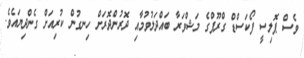
ވެސް ޕޮލިސީ ފޯކަސްޑް ގްރޫޕްގެ މަޝްވަރާ ބައްދަލުވުމާއި ދޮރުންދޮރަށް ހިނގުން ކުރިއަށް ގެންދިޔައެވެ.